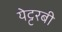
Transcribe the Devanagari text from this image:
येट्टरबी